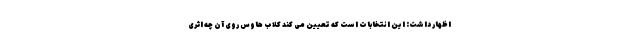
اظهار داشت: این انتخابات است که تعیین می کند کلاب هاوس روی آن چه اثری